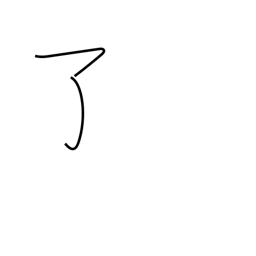
Meaning: finish